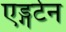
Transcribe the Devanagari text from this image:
एड्गर्टन